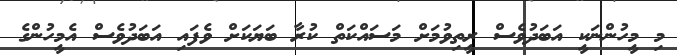
މި މީހުންނަކީ އަބަދުވެސް ރީތިވުމަށް މަސައްކަތް ކުރާ ބަޔަކަށް ވެފައި އަބަދުވެސް އެމީހުންގެ